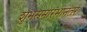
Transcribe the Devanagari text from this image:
शुभसमारंभानंतर